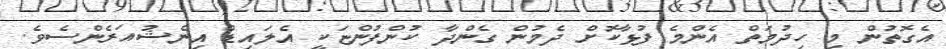
އެގޮތުން މި ހިދުމަތް އެންމެ ފުޅާކޮށް ދެމުން ގެންދާ ކުންފުންޏަކީ އެލައިޑް އިންޝުއަރެންސެވެ.